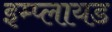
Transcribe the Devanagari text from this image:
इम्प्लायड